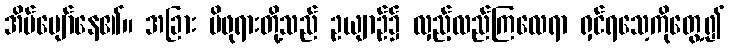
အိပ်ပျော်နေ၏။ အခြား မိဖုရားတို့သည် ဥယျာဉ်၌ လှည့်လည်ကြလေရာ ရှင်ရသေ့ကိုတွေ့၍